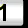
Digit: 1